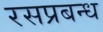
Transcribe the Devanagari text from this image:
रसप्रबन्ध